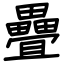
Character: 疊